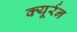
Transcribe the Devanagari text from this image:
क्यूर्रन